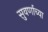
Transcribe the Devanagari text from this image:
सुवर्णाच्या